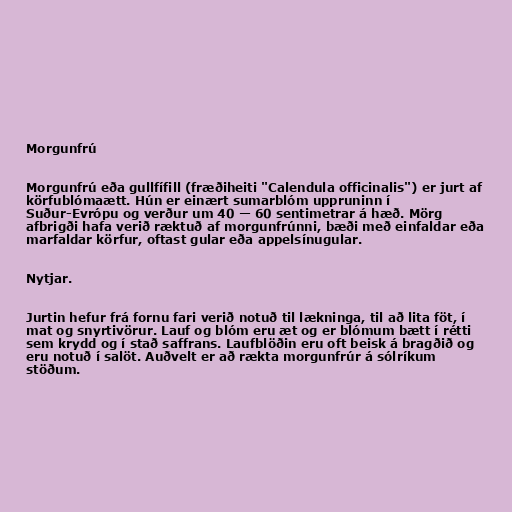
Morgunfrú

Morgunfrú eða gullfífill (fræðiheiti "Calendula officinalis") er jurt af
körfublómaætt. Hún er einært sumarblóm uppruninn í
Suður-Evrópu og verður um 40 — 60 sentimetrar á hæð. Mörg
afbrigði hafa verið ræktuð af morgunfrúnni, bæði með einfaldar eða
marfaldar körfur, oftast gular eða appelsínugular.

Nytjar.

Jurtin hefur frá fornu fari verið notuð til lækninga, til að lita föt, í
mat og snyrtivörur. Lauf og blóm eru æt og er blómum bætt í rétti
sem krydd og í stað saffrans. Laufblöðin eru oft beisk á bragðið og
eru notuð í salöt. Auðvelt er að rækta morgunfrúr á sólríkum
stöðum.